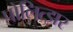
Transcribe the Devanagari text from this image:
पोलित्झर